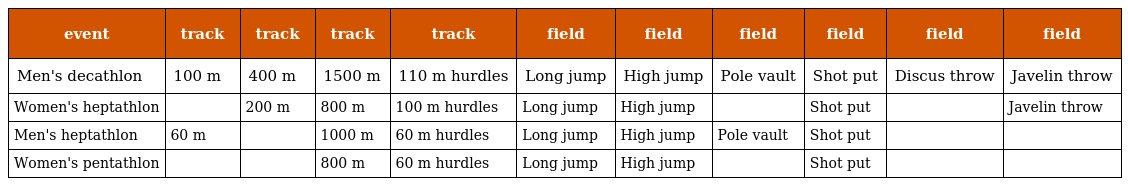
| event | track | track | track | track | field | field | field | field | field | field |
 | --- | --- | --- | --- | --- | --- | --- | --- | --- | --- | --- |
 | Men's decathlon | 100 m | 400 m | 1500 m | 110 m hurdles | Long jump | High jump | Pole vault | Shot put | Discus throw | Javelin throw |
 | Women's heptathlon |  | 200 m | 800 m | 100 m hurdles | Long jump | High jump |  | Shot put |  | Javelin throw |
 | Men's heptathlon | 60 m |  | 1000 m | 60 m hurdles | Long jump | High jump | Pole vault | Shot put |  |  |
 | Women's pentathlon |  |  | 800 m | 60 m hurdles | Long jump | High jump |  | Shot put |  |  |